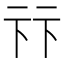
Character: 𠧥